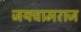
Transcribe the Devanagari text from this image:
जयचामराज